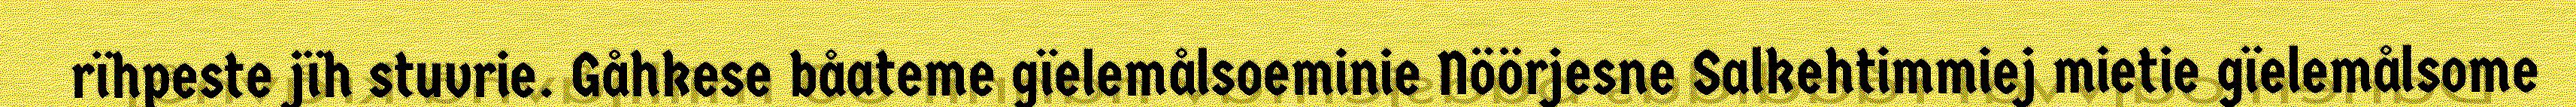
rïhpeste jïh stuvrie. Gåhkese båateme gïelemålsoeminie Nöörjesne Salkehtimmiej mietie gïelemålsome